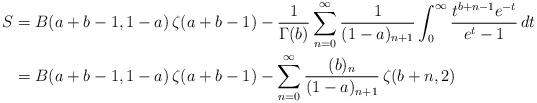
LaTeX: \begin{align*}S&=B(a+b-1,1-a)\,\zeta(a+b-1)-\frac{1}{\Gamma(b)}\sum_{n=0}^\infty\frac{1}{(1-a)_{n+1}}\int_0^\infty \frac{t^{b+n-1}e^{-t}}{e^t-1}\,dt\\&=B(a+b-1,1-a)\,\zeta(a+b-1)-\sum_{n=0} ^\infty \frac{(b)_n}{(1-a)_{n+1}}\,\zeta(b+n,2)\end{align*}